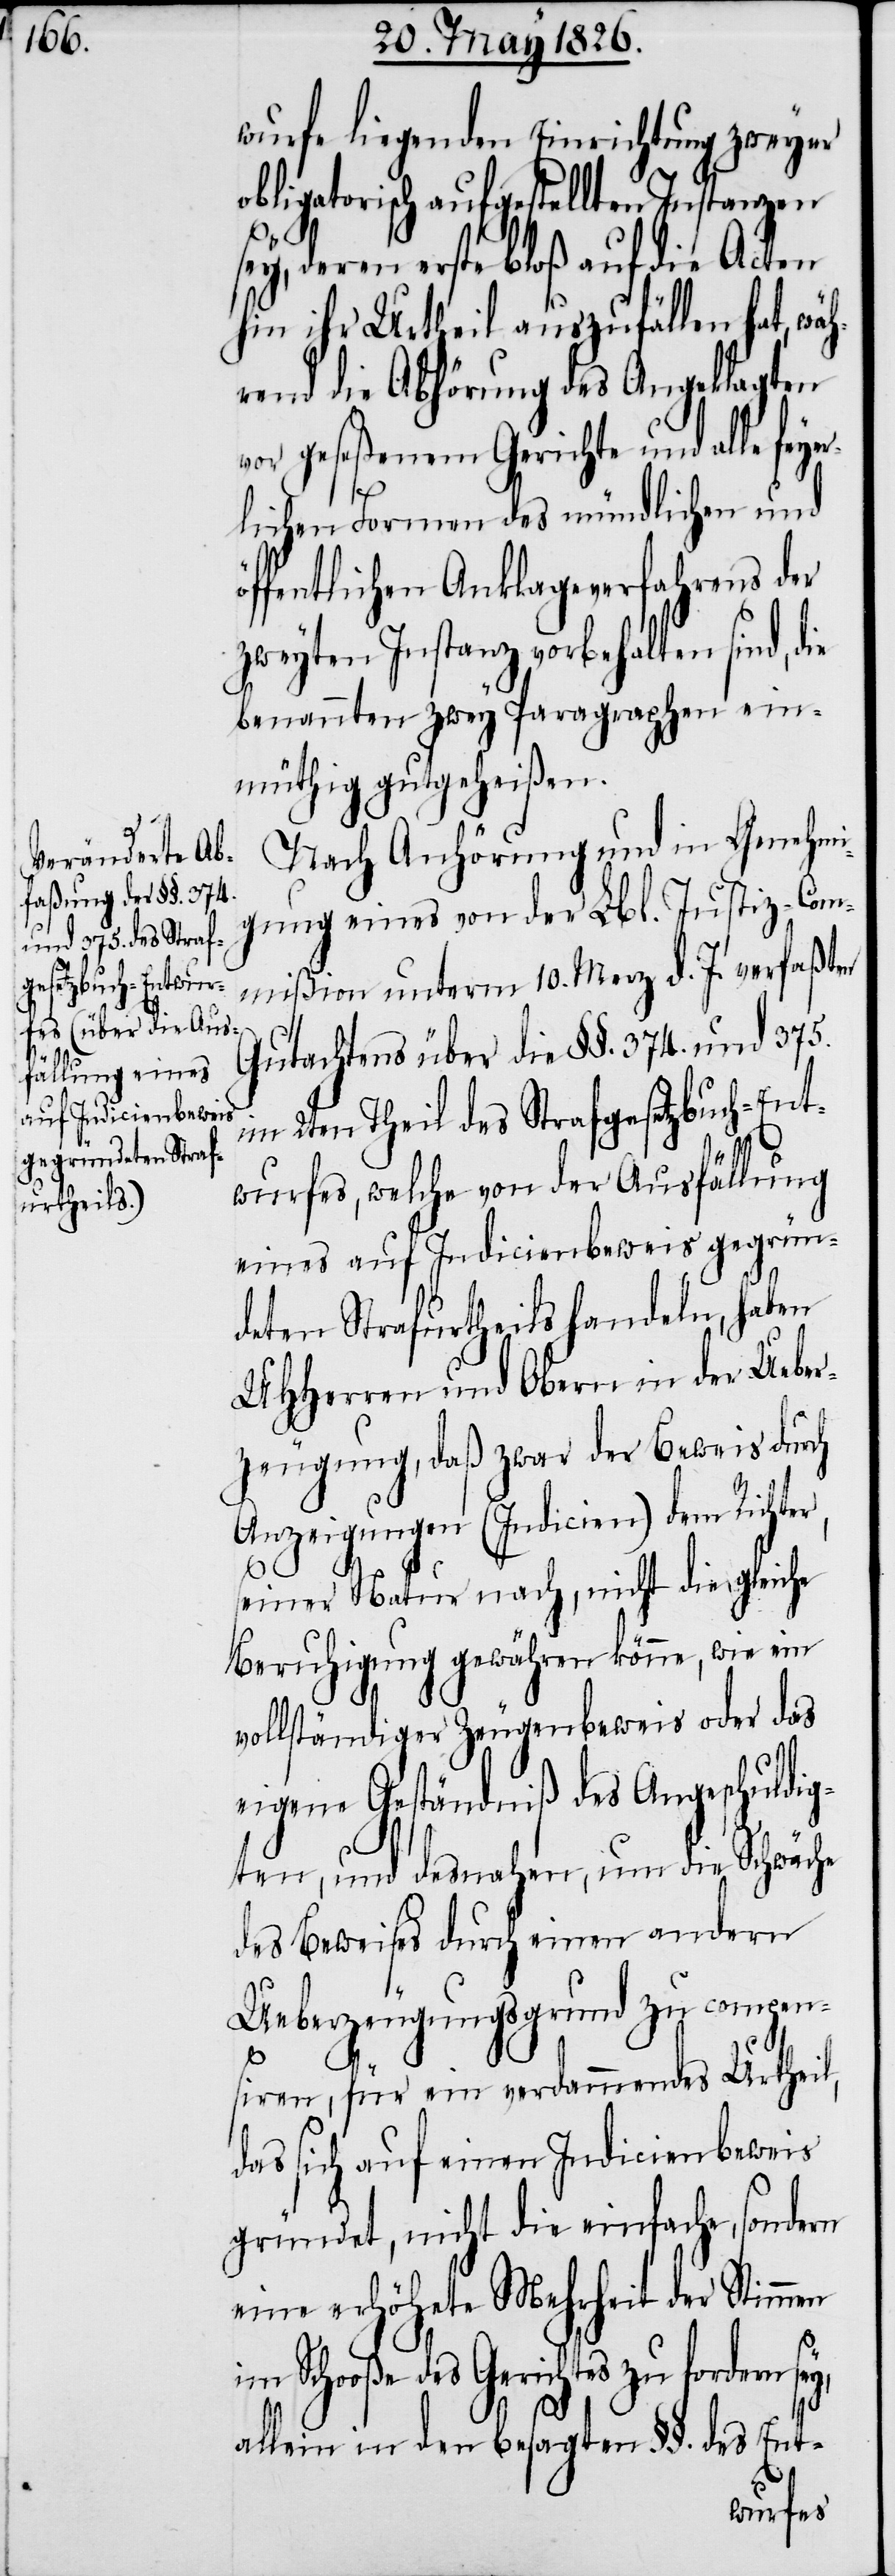
wurfe liegenden Einrichtung zweyer
obligatorisch aufgestellten Instanzen
sey, deren erste bloß auf die Acten
hin ihr Urtheil auszufällen hat, wä¬
hrend die Abhörung des Angeklagten
vor geseßenem Gerichte und alle feyer¬
lichen Formen des mündlichen und
öffentlichen Anklageverfahrens der
zweyten Instanz vorbehalten sind,
benannten zwey Paragraphen ein¬
müthig gutgeheißen.
Nach Anhörung und in Genehmi¬
gung eines von der Lbl. Justiz-Com¬
mißion unterm 10. Merz d. J. verfaßten
Gutachtens über die §§. 374. und 375.
im 2ten Theil des Strafgesetzbuch-Ent¬
wurfes, welche von der Ausfällung
eines auf Indicienbeweis gegrün¬
deten Strafurtheils handeln, haben
UHHerren und Obern in der Ueber¬
zeugung, daß zwar der Beweis durch
Anzeigungen (Indicien) dem Richter,
seiner Natur nach, nicht die gleiche
Beruhigung gewähren könne, wie ein
vollständiger Zeugenbeweis oder das
eigene Geständniß des Angeschuldig¬
ten, und desnahen, um die Schwäche
des Beweises durch einen andern
Ueberzeugungsgrund zu compen¬
die
siren, für ein verdammendes Urtheil,
das sich auf einen Indicienbeweis
gründet, nicht die einfache, sondern
eine erhöhete Mehrheit der Stimmen
im Schooße des Gerichtes zu fordern sey,
allein in den besagten §§. des Ent-